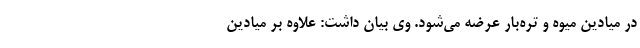
در میادین میوه و تره‌بار عرضه می‌شود. وی بیان داشت: علاوه بر میادین